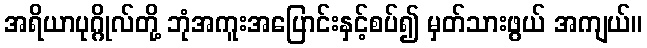
အရိယာပုဂ္ဂိုလ်တို့ ဘုံအကူးအပြောင်းနှင့်စပ်၍ မှတ်သားဖွယ် အကျယ်။